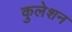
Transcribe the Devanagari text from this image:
कुलेशन